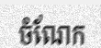
ចំណែក